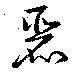
麗